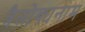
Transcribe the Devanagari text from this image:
त्रैलोक्यनाम